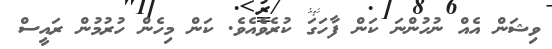
ވިޝަން އެއް ނުހުންނަ ކަން ފާހަގަ ކުރެވެއެވެ. ކަން މިހެން ހުރުުމުން ރައީސް